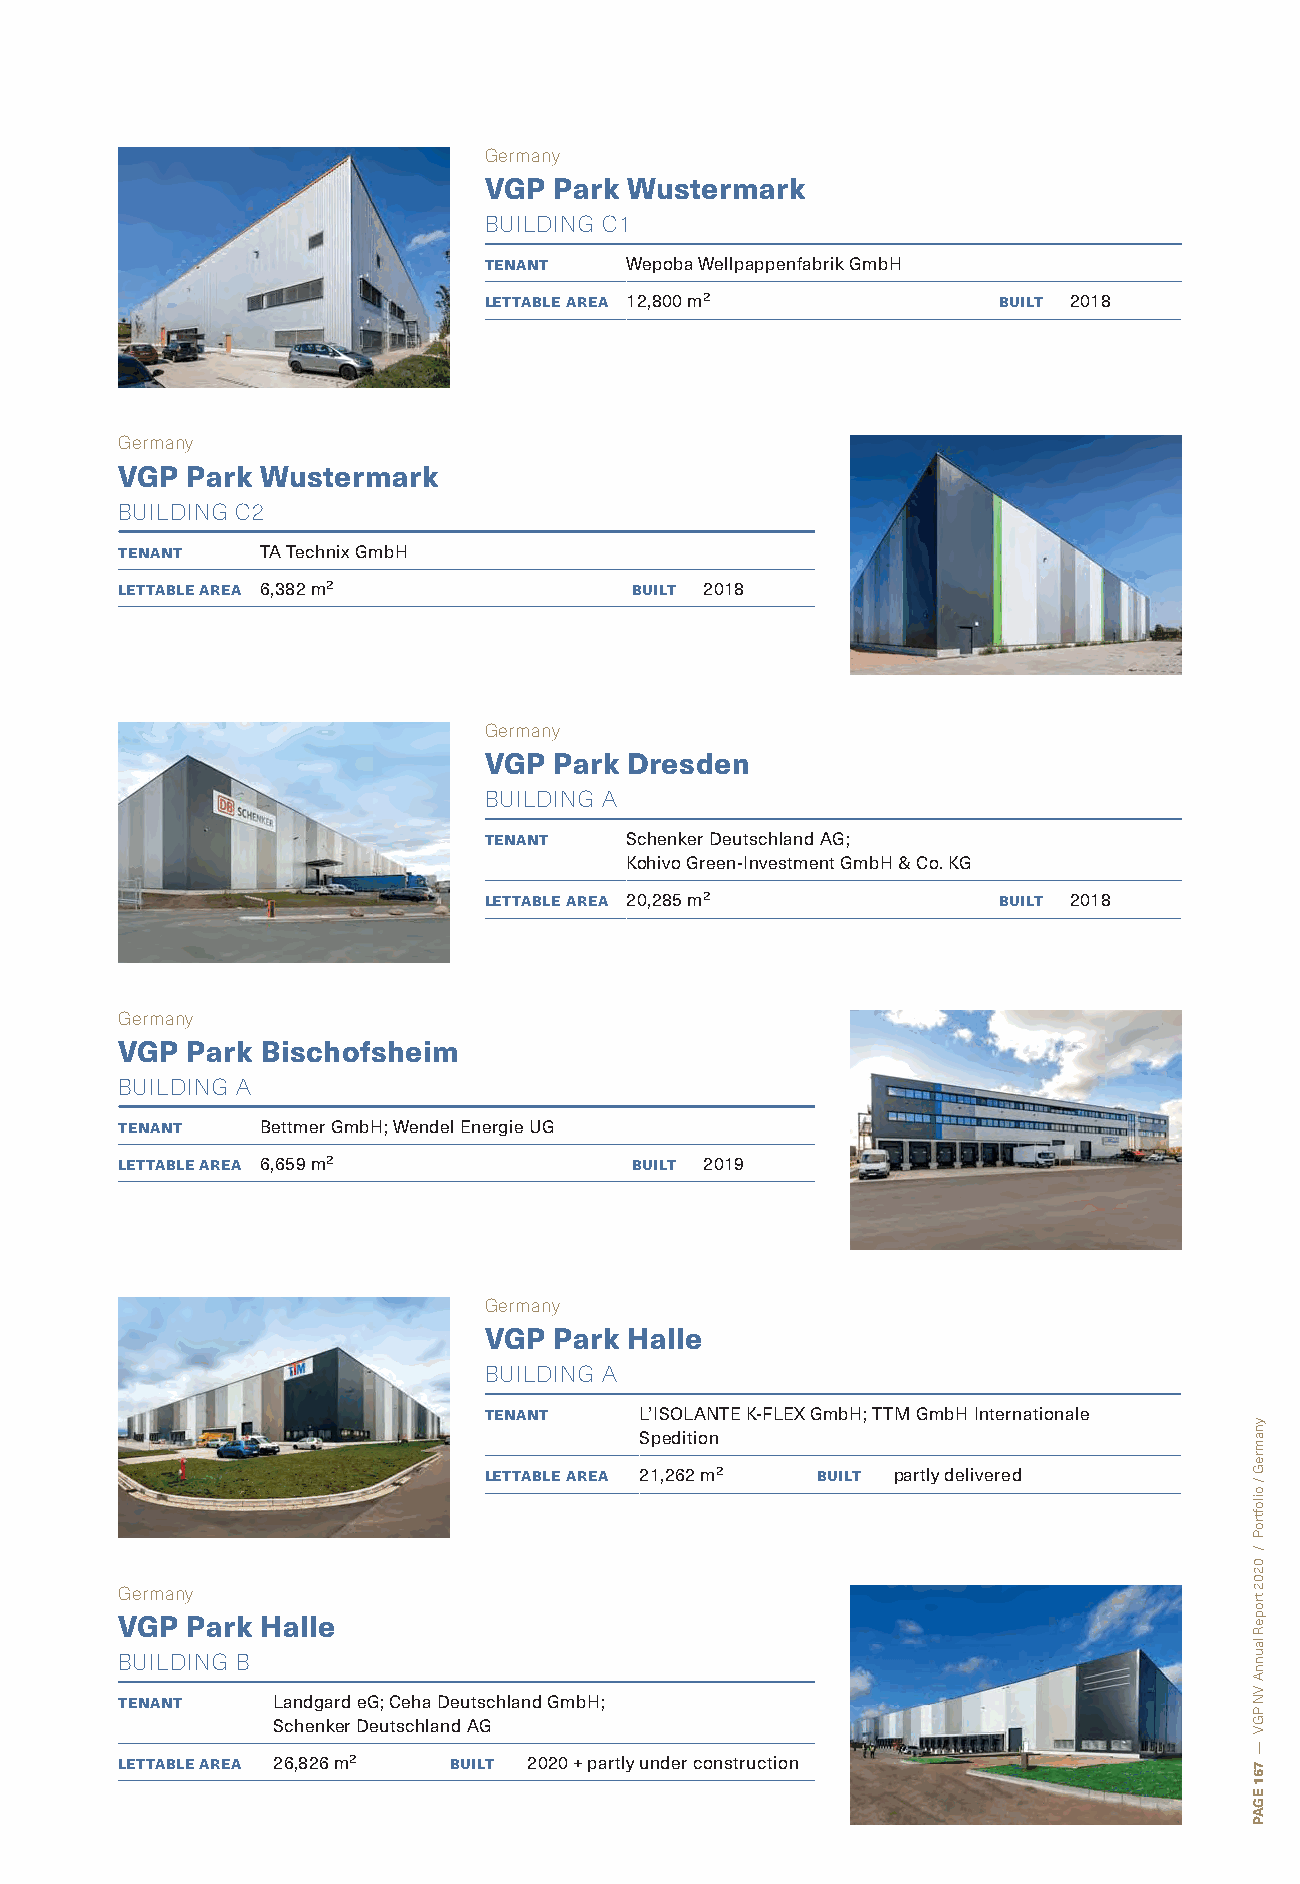
Germany
 VGP  Park Wustermark
 BUILDING C1
 tenant   Wepoba Wellpappenfabrik GmbH
 lettable area 12,800 m²           built 2018
 Germany
 VGP Park Wustermark
 BUILDING C2
 tenant   TA Technix GmbH
 lettable area 6,382 m²            built 2018
 Germany
 VGP  Park Dresden
 BUILDING A
 tenant   Schenker Deutschland AG;
 Kohivo Green-Investment GmbH & Co. KG
 lettable area 20,285 m²           built 2018
 Germany
 VGP Park Bischofsheim
 BUILDING A
 tenant   Bettmer GmbH; Wendel Energie UG
 lettable area 6,659 m²            built 2019
 Germany
 VGP  Park Halle
 BUILDING A
 tenant    L’ISOLANTE K-FLEX GmbH; TTM GmbH Internationale
 Spedition
 lettable area 21,262 m² built partly delivered
 Germany
 VGP Park Halle
 BUILDING B
 tenant    Landgard eG; Ceha Deutschland GmbH;
 Schenker Deutschland AG
 lettable area 26,826 m² built 2020 + partly under construction
 ynamreG
 /
 oiloftroP
 /
 0202
 tropeR
 launnA
 VN
 PGV
 —
 761
 EGAP